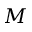
M